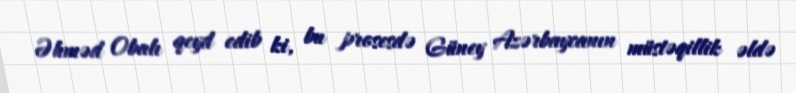
Əhməd Obalı qeyd edib ki, bu prosesdə Güney Azərbaycanın müstəqillik əldə